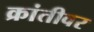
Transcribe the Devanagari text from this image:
क्रांतीवर